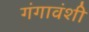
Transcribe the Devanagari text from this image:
गंगावंशी